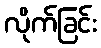
လိုက်ခြင်း